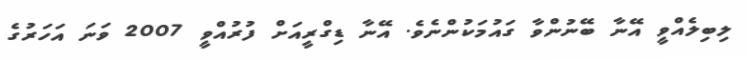
ލިބިލެއްވީ އޭނާ ބޭނުންވާ ގައުމަކުންނެވެ. އޭނާ ޑިގްރީއަށް ފުރުއްވީ 2007 ވަނަ އަހަރުގެ